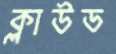
ক্লাউড